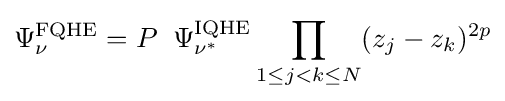
\Psi _{\nu }^{\rm {FQHE}}=P\;\;\Psi _{\nu ^{*}}^{\rm {IQHE}}\prod _{1\leq j<k\leq N}(z_{j}-z_{k})^{2p}